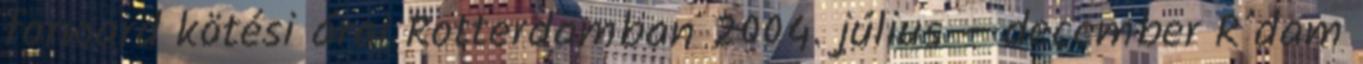
forward kötési árai Rotterdamban 2004. július – december R’dam